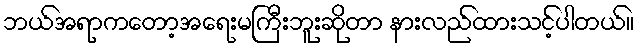
ဘယ်အရာကတော့အရေးမကြီးဘူးဆိုတာ နားလည်ထားသင့်ပါတယ်။